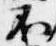
不